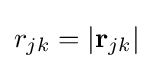
r_{jk}=|\mathbf {r} _{jk}|